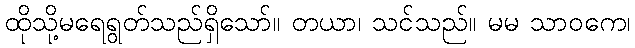
ထိုသို့မရေရွတ်သည်ရှိသော်။ တယာ၊ သင်သည်။ မမ သာဝကေ၊